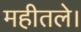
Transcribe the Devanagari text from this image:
महीतले।